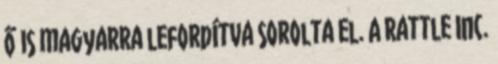
ő is magyarra lefordítva sorolta el. A Rattle Inc.